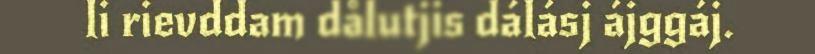
li rievddam dålutjis dálásj ájggáj.